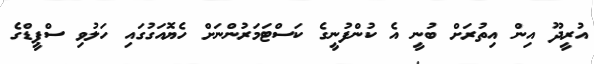
އުރީދޫ އިން އިތުރަށް ބުނީ އެ ކުންފުނީގެ ކަސްޓަމަރުންނަށް ހެޔޮއަގުގައި ހަލުވި ސްޕީޑްގެ